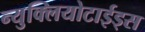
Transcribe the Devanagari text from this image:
न्युक्लियोटाईड्स